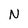
Character: N